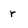
Character: r